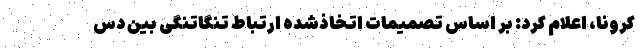
کرونا، اعلام کرد: بر اساس تصمیمات اتخاذشده ارتباط تنگاتنگی بین دس